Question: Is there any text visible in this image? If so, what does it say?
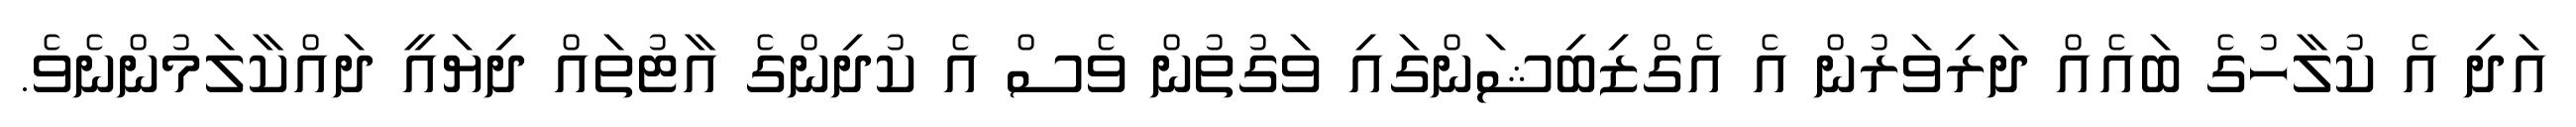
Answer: އަދި އެ ކުލާހުގެ ބައެއް ދަރިވަރުން އެ އެގްޒިބިޝަންގައި ވަގުތުން ވެސް އެ ކުދިންގެ އާޓުތައް ދިޔައީ ދައްކާލަމުންނެވެ.